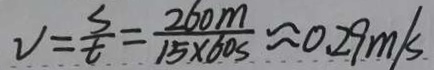
V = \frac { s } { t } = \frac { 2 6 0 m } { 1 5 \times 6 0 _ { s } } \approx 0 . 2 9 m / s